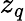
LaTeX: z_{q}